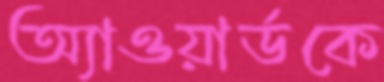
অ্যাওয়ার্ডকে